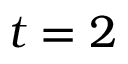
t = 2